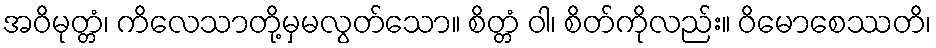
အဝိမုတ္တံ၊ ကိလေသာတို့မှမလွတ်သော။ စိတ္တံ ဝါ၊ စိတ်ကိုလည်း။ ဝိမောစေဿတိ၊